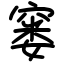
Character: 窭